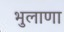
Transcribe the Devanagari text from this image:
भुलाणा